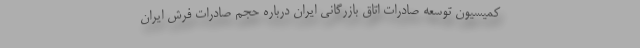
کمیسیون توسعه صادرات اتاق بازرگانی ایران درباره حجم صادرات فرش ایران